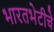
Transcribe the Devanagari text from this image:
भारतभेटीचे